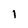
Character: I